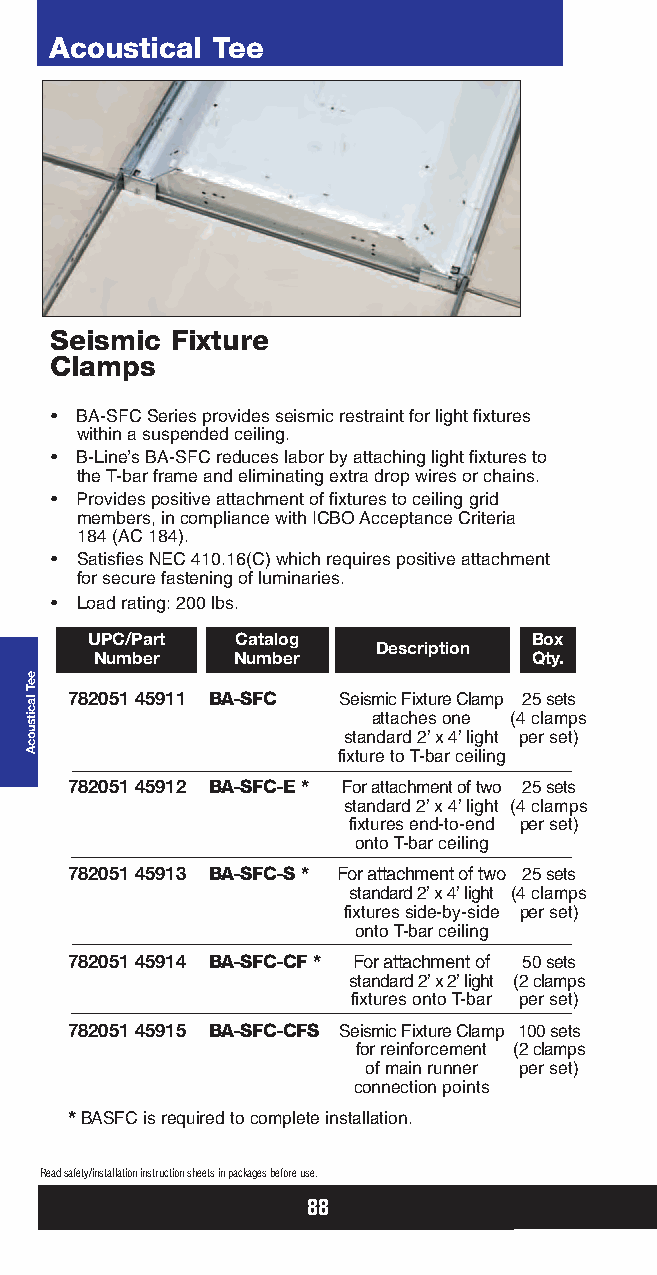
Acoustical Tee
 Seismic Fixture
 Clamps
 • BA-SFC Series provides seismic restraint for light fixtures
 within a suspended ceiling.
 • B-Line’s BA-SFC reduces labor by attaching light fixtures to
 the T-bar frame and eliminating extra drop wires or chains.
 • Provides positive attachment of fixtures to ceiling grid
 members, in compliance with ICBO Acceptance Criteria
 184 (AC 184).
 • Satisfies NEC 410.16(C) which requires positive attachment
 for secure fastening of luminaries.
 • Load rating: 200 lbs.
 UPC/Part  Catalog            Box
 Description
 Number    Number             Qty.
 782051 45911 BA-SFC Seismic Fixture Clamp 25 sets
 attaches one (4 clamps
 standard 2’x 4’light per set)
 fixture to T-bar ceiling
 782051 45912 BA-SFC-E * For attachment of two 25 sets
 standard 2’x 4’light (4 clamps
 fixtures end-to-end per set)
 onto T-bar ceiling
 782051 45913 BA-SFC-S * For attachment of two 25 sets
 standard 2’x 4’light (4 clamps
 fixtures side-by-side per set)
 onto T-bar ceiling
 782051 45914 BA-SFC-CF * For attachment of 50 sets
 standard 2’x 2’light (2 clamps
 fixtures onto T-bar per set)
 782051 45915 BA-SFC-CFS Seismic Fixture Clamp 100 sets
 for reinforcement (2 clamps
 of main runner per set)
 connection points
 *BASFC is required to complete installation.
 Read safety/installation instruction sheets in packages before use.
 88
 eeT
 lacitsuocA